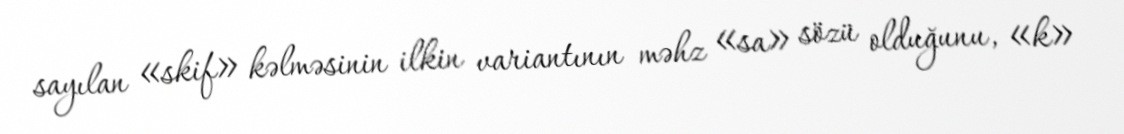
sayılan «skif» kəlməsinin ilkin variantının məhz «sa» sözü olduğunu, «k»